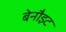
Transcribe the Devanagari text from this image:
बेनौइट